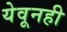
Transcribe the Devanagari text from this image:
येवूनही